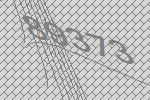
89373